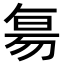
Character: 𬀷